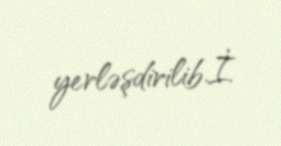
yerləşdirilib.İ.